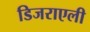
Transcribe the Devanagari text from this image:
डिजराएली